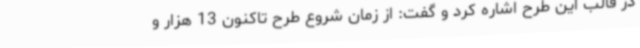
در قالب این طرح اشاره کرد و گفت: از زمان شروع طرح تاکنون 13 هزار و